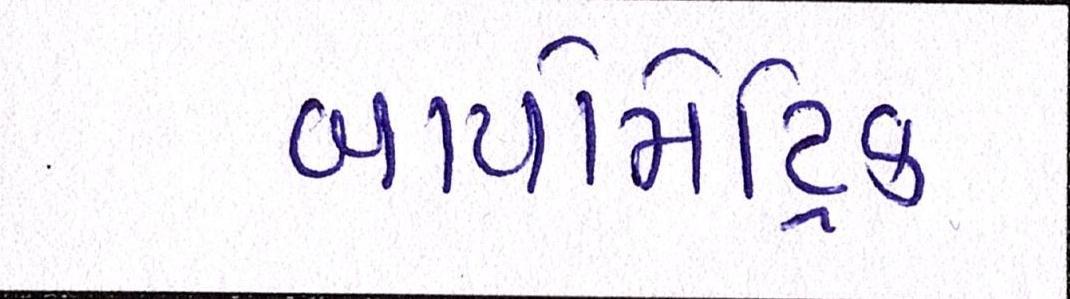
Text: બાયોમેટ્રિક